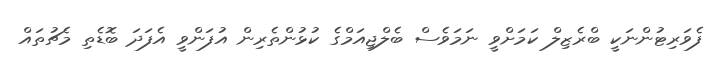
ފެވަރިޓުންނަކީ ބްރެޒިލް ކަމަށްވީ ނަމަވެސް ބެލްޖިއަމްގެ ކުޅުންތެރިން އުފަންވީ އެފަދަ ބޮޑެތި މެޗުތައް